Civil Veterinary Department Bihar & Orissa reports 1929-36 - 1929-1936
Year: 1929
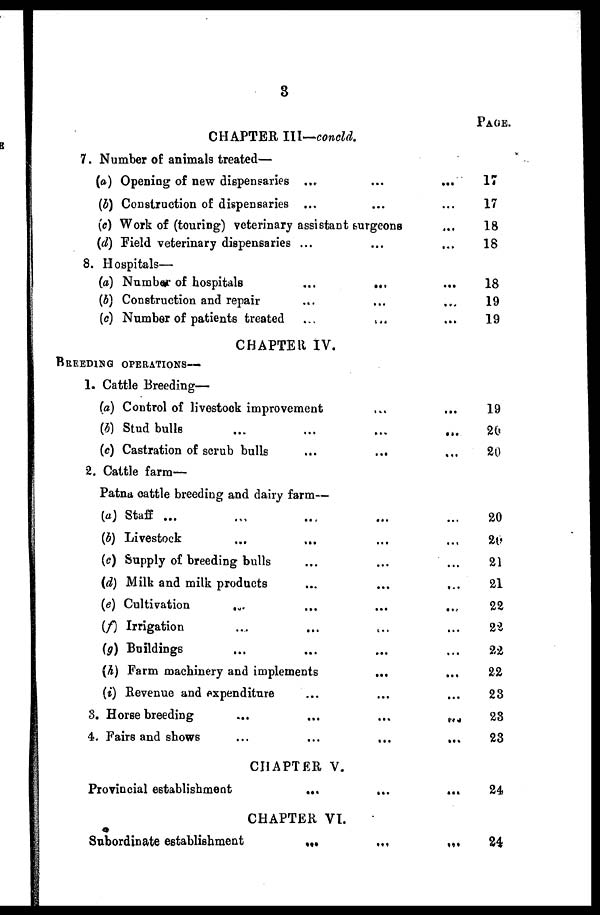
3
PAGE.
CHAPTER III—concld.
7. Number of animals treated—
(a) Opening of new dispensaries ... ... ...
(b) Construction of dispensaries ... ... ...
(c) Work of (touring) veterinary assistant surgeons ...
(d) Field veterinary dispensaries ... ... ...
8. Hospitals—
(a) Number of hospitals ... ... ...
(b) Construction and repair ... ... ...
(c) Number of patients treated ... ... ...
17
17
18
18
18
19
19
CHAPTER IV.
BREEDING OPERATIONS—
1. Cattle Breeding—
(a) Control of livestock improvement
(b) Stud bulls ... ... ... ...
(c) Castration of scrub bulls
2. Cattle farm—
Patna cattle breeding and dairy farm—
(a) Staff ... ... ... ... ...
(b) Livestock ... ... ... ...
(e) Supply of breeding bulls ... ... ...
(d) Milk and milk products ... ... ...
(e) Cultivation ... ... ... ...
(f) Irrigation ... ... ... ...
(g) Buildings ... ... ... ...
(h) Farm machinery and implements ... ...
(i) Revenue and expenditure ... ... ...
3. Horse breeding ... ... ... ...
4. Fairs and shows ... ... ... ...
19
20
20
20
20
21
21
22
22
22
22
23
23
23
CHAPTER V.
Provincial establishment ... ... ...
24
CHAPTER VI.
Subordinate establishment ... ... ...
24